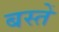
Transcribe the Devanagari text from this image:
बस्‍तें